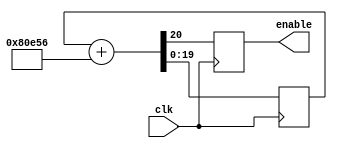
`timescale 1ns / 1ps
`default_nettype none
//////////////////////////////////////////////////////////////////////////////////
// Simple NCO (Numerically Controlled Oscillator)
// to generate the Enable signal for an specified frecuency.
// Uses a 20bits counter/resolution.
//
// Antonio Sanchez (@TheSonders)
// Sept-2021
//
//////////////////////////////////////////////////////////////////////////////////
module NCO_Enable #
    (parameter INPUT_FREQ=50_000_000,
    parameter OUTPUT_FREQ=25_175_000)
    (input wire clk,
    output reg enable=0);
    
    parameter [63:0] INCREMENT =((1_048_576.0 * OUTPUT_FREQ)/INPUT_FREQ);
    reg [19:0] Counter=0;
    
    always @(posedge clk)begin
        {enable,Counter}<=Counter+INCREMENT;
    end


endmodule